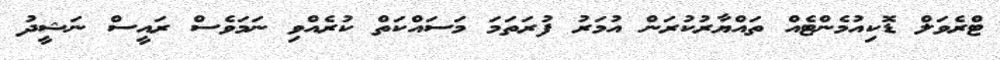
ޓްރެވަލް ޑޮކިއުމެންޓެއް ތައްޔާރުކުރަން އުމަރު ފުރަތަމަ މަސައްކަތް ކުރެއްވި ނަމަވެސް ރައީސް ނަޝީދު